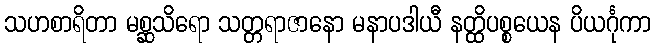
သဟစာရိတာ မစ္ဆသိရော သတ္တရာဇာနော မနာပဒါယီ နတ္ထိပစ္စယေန ပိယင်္ဂုကာ